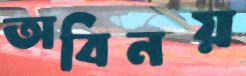
অবিনয়